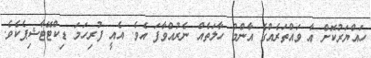
ހައްޔަރުކޮށް އާ ވައްތަރެއްގެ އާންމު ހާލަތެއް ނެރުއްވާފަ އެވެ. އެއީ ފުރިހަމަ ޑިކްޓޭޓާޝިޕެކެވެ.